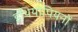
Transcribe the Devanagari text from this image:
इथियोपियनों